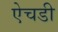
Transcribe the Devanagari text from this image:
ऐचडी